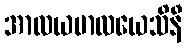
အာလယမာလယေသိနီ